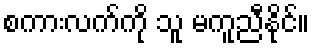
စကားလက်ကို သူ မကူညီနိုင်။